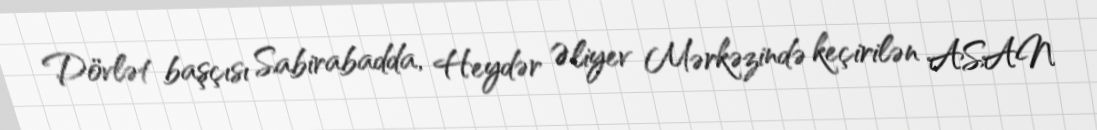
Dövlət başçısı Sabirabadda, Heydər Əliyev Mərkəzində keçirilən ASAN